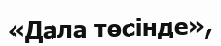
«Дала төсінде»,